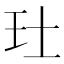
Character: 𤣰